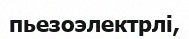
пьезоэлектрлі,